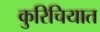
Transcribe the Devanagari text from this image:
कुरिचियात